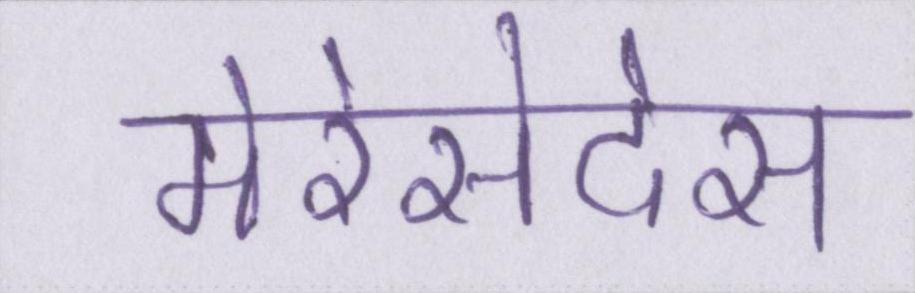
मेरेसेदेस